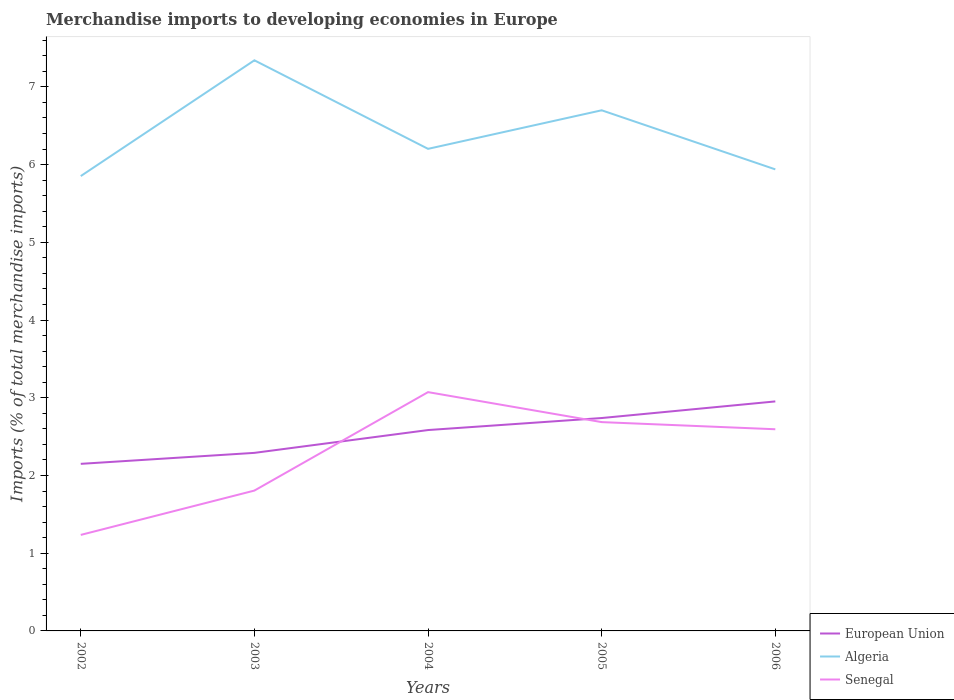
| Years | European Union | Algeria | Senegal |
 | --- | --- | --- | --- |
 | 2002 | 2.15 | 5.85 | 1.24 |
 | 2003 | 2.29 | 7.34 | 1.81 |
 | 2004 | 2.58 | 6.2 | 3.07 |
 | 2005 | 2.74 | 6.7 | 2.69 |
 | 2006 | 2.95 | 5.94 | 2.59 |